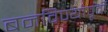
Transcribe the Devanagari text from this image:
बनविण्यापूर्वी